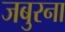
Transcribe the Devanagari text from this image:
जबुरना